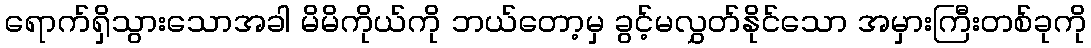
ရောက်ရှိသွားသောအခါ မိမိကိုယ်ကို ဘယ်တော့မှ ခွင့်မလွှတ်နိုင်သော အမှားကြီးတစ်ခုကို